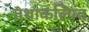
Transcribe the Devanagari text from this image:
तथाकल्पित